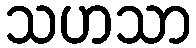
သဟသာ